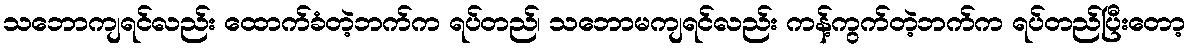
သဘောကျရင်လည်း ထောက်ခံတဲ့ဘက်က ရပ်တည်၊ သဘောမကျရင်လည်း ကန့်ကွက်တဲ့ဘက်က ရပ်တည်ပြီးတော့